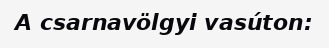
A csarnavölgyi vasúton: